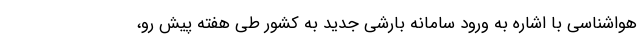
هواشناسی با اشاره به ورود سامانه بارشی جدید به کشور طی هفته پیش رو،